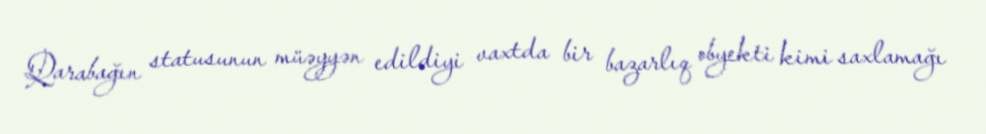
Qarabağın statusunun müəyyən edildiyi vaxtda bir bazarlıq obyekti kimi saxlamağı